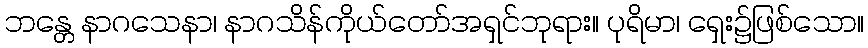
ဘန္တေ နာဂသေနာ၊ နာဂသိန်ကိုယ်တော်အရှင်ဘုရား။ ပုရိမာ၊ ရှေး၌ဖြစ်သော။